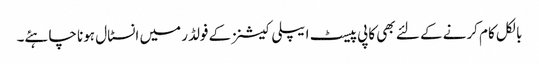
بالکل کام کرنے کے لئے بھی کاپی پیسٹ ایپلی کیشنز کے فولڈر میں انسٹال ہونا چاہئے۔